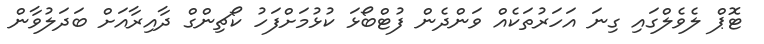
ޓޮޕް ލެވެލްގައި ގިނަ އަހަރުތަކެއް ވަންދެން ފުޓްބޯޅަ ކުޅުމަށްފަހު ކޯޗިންގް ދާއިރާއަށް ބަދަލުވާން